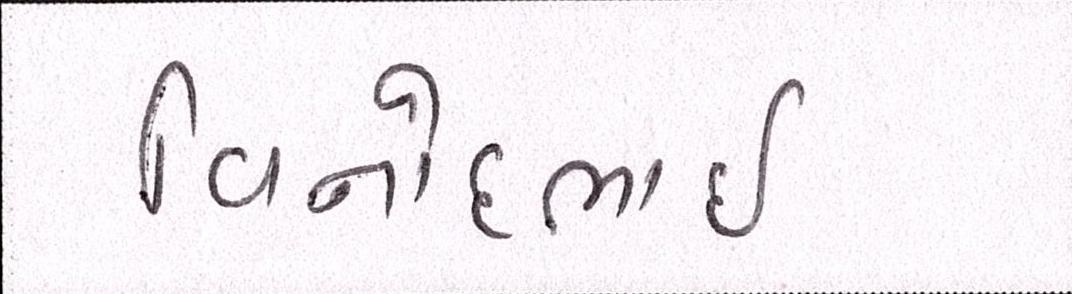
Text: વિનોદભાઈ